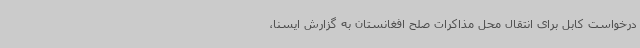
درخواست کابل برای انتقال محل مذاکرات صلح افغانستان به گزارش ایسنا،